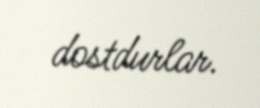
dostdurlar.